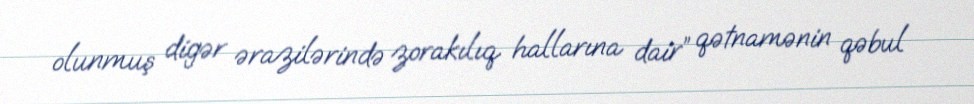
olunmuş digər ərazilərində zorakılıq hallarına dair” qətnamənin qəbul